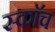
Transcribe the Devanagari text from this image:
स्काॅच